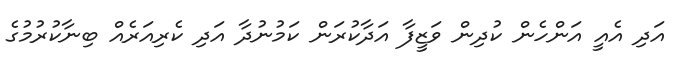
އަދި އެއީ އަންހެން ކުދިން ވަޒީފާ އަދާކުރަން ކަމުނުދާ އަދި ކެރިއަރެއް ބިނާކުރުމުގެ